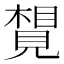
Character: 𧡮